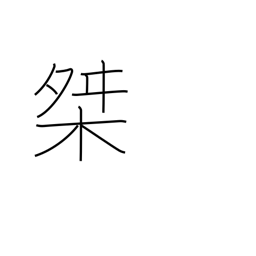
Meaning: measuring box